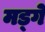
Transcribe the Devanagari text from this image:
मड्गे